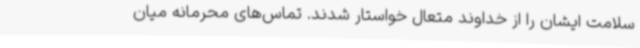
سلامت ایشان را از خداوند متعال خواستار شدند. تماس‌های محرمانه میان